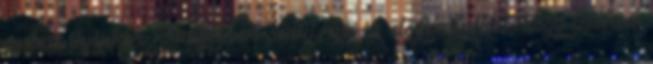
ember ilyenkor könnyebben sérül, az is előfordulhat, hogy lelohad